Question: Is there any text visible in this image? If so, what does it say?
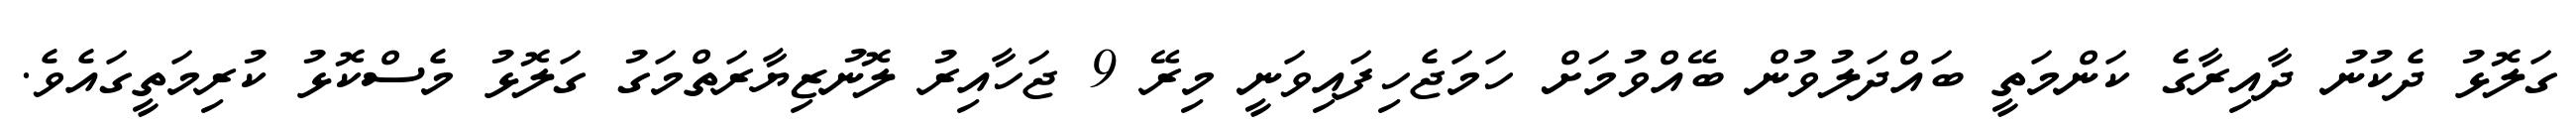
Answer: ގަލޮޅު ދެކުނު ދާއިރާގެ ކަންމަތީ ބައްދަލުވުން ބޭއްވުމަށް ހަމަޖެހިފައިވަނީ މިރޭ 9 ޖަހާއިރު ލޮނުޒިޔާރަތްމަގު ގަލޮޅު މެސްކޮޅު ކުރިމަތީގައެވެ.